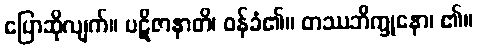
ပြောဆိုလျက်။ ပဋိဇာနာတိ၊ ဝန်ခံ၏။ တဿဘိက္ခုနော၊ ၏။